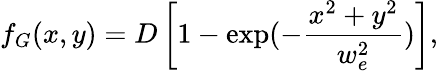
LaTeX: f_{G}(x,y)=D\left[1-\exp(-\frac{x^{2}+y^{2}}{w_{e}^{2}})\right],